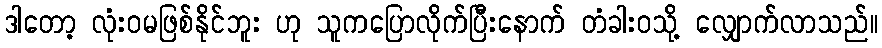
ဒါတော့ လုံးဝမဖြစ်နိုင်ဘူး ဟု သူကပြောလိုက်ပြီးနောက် တံခါးဝသို့ လျှောက်လာသည်။